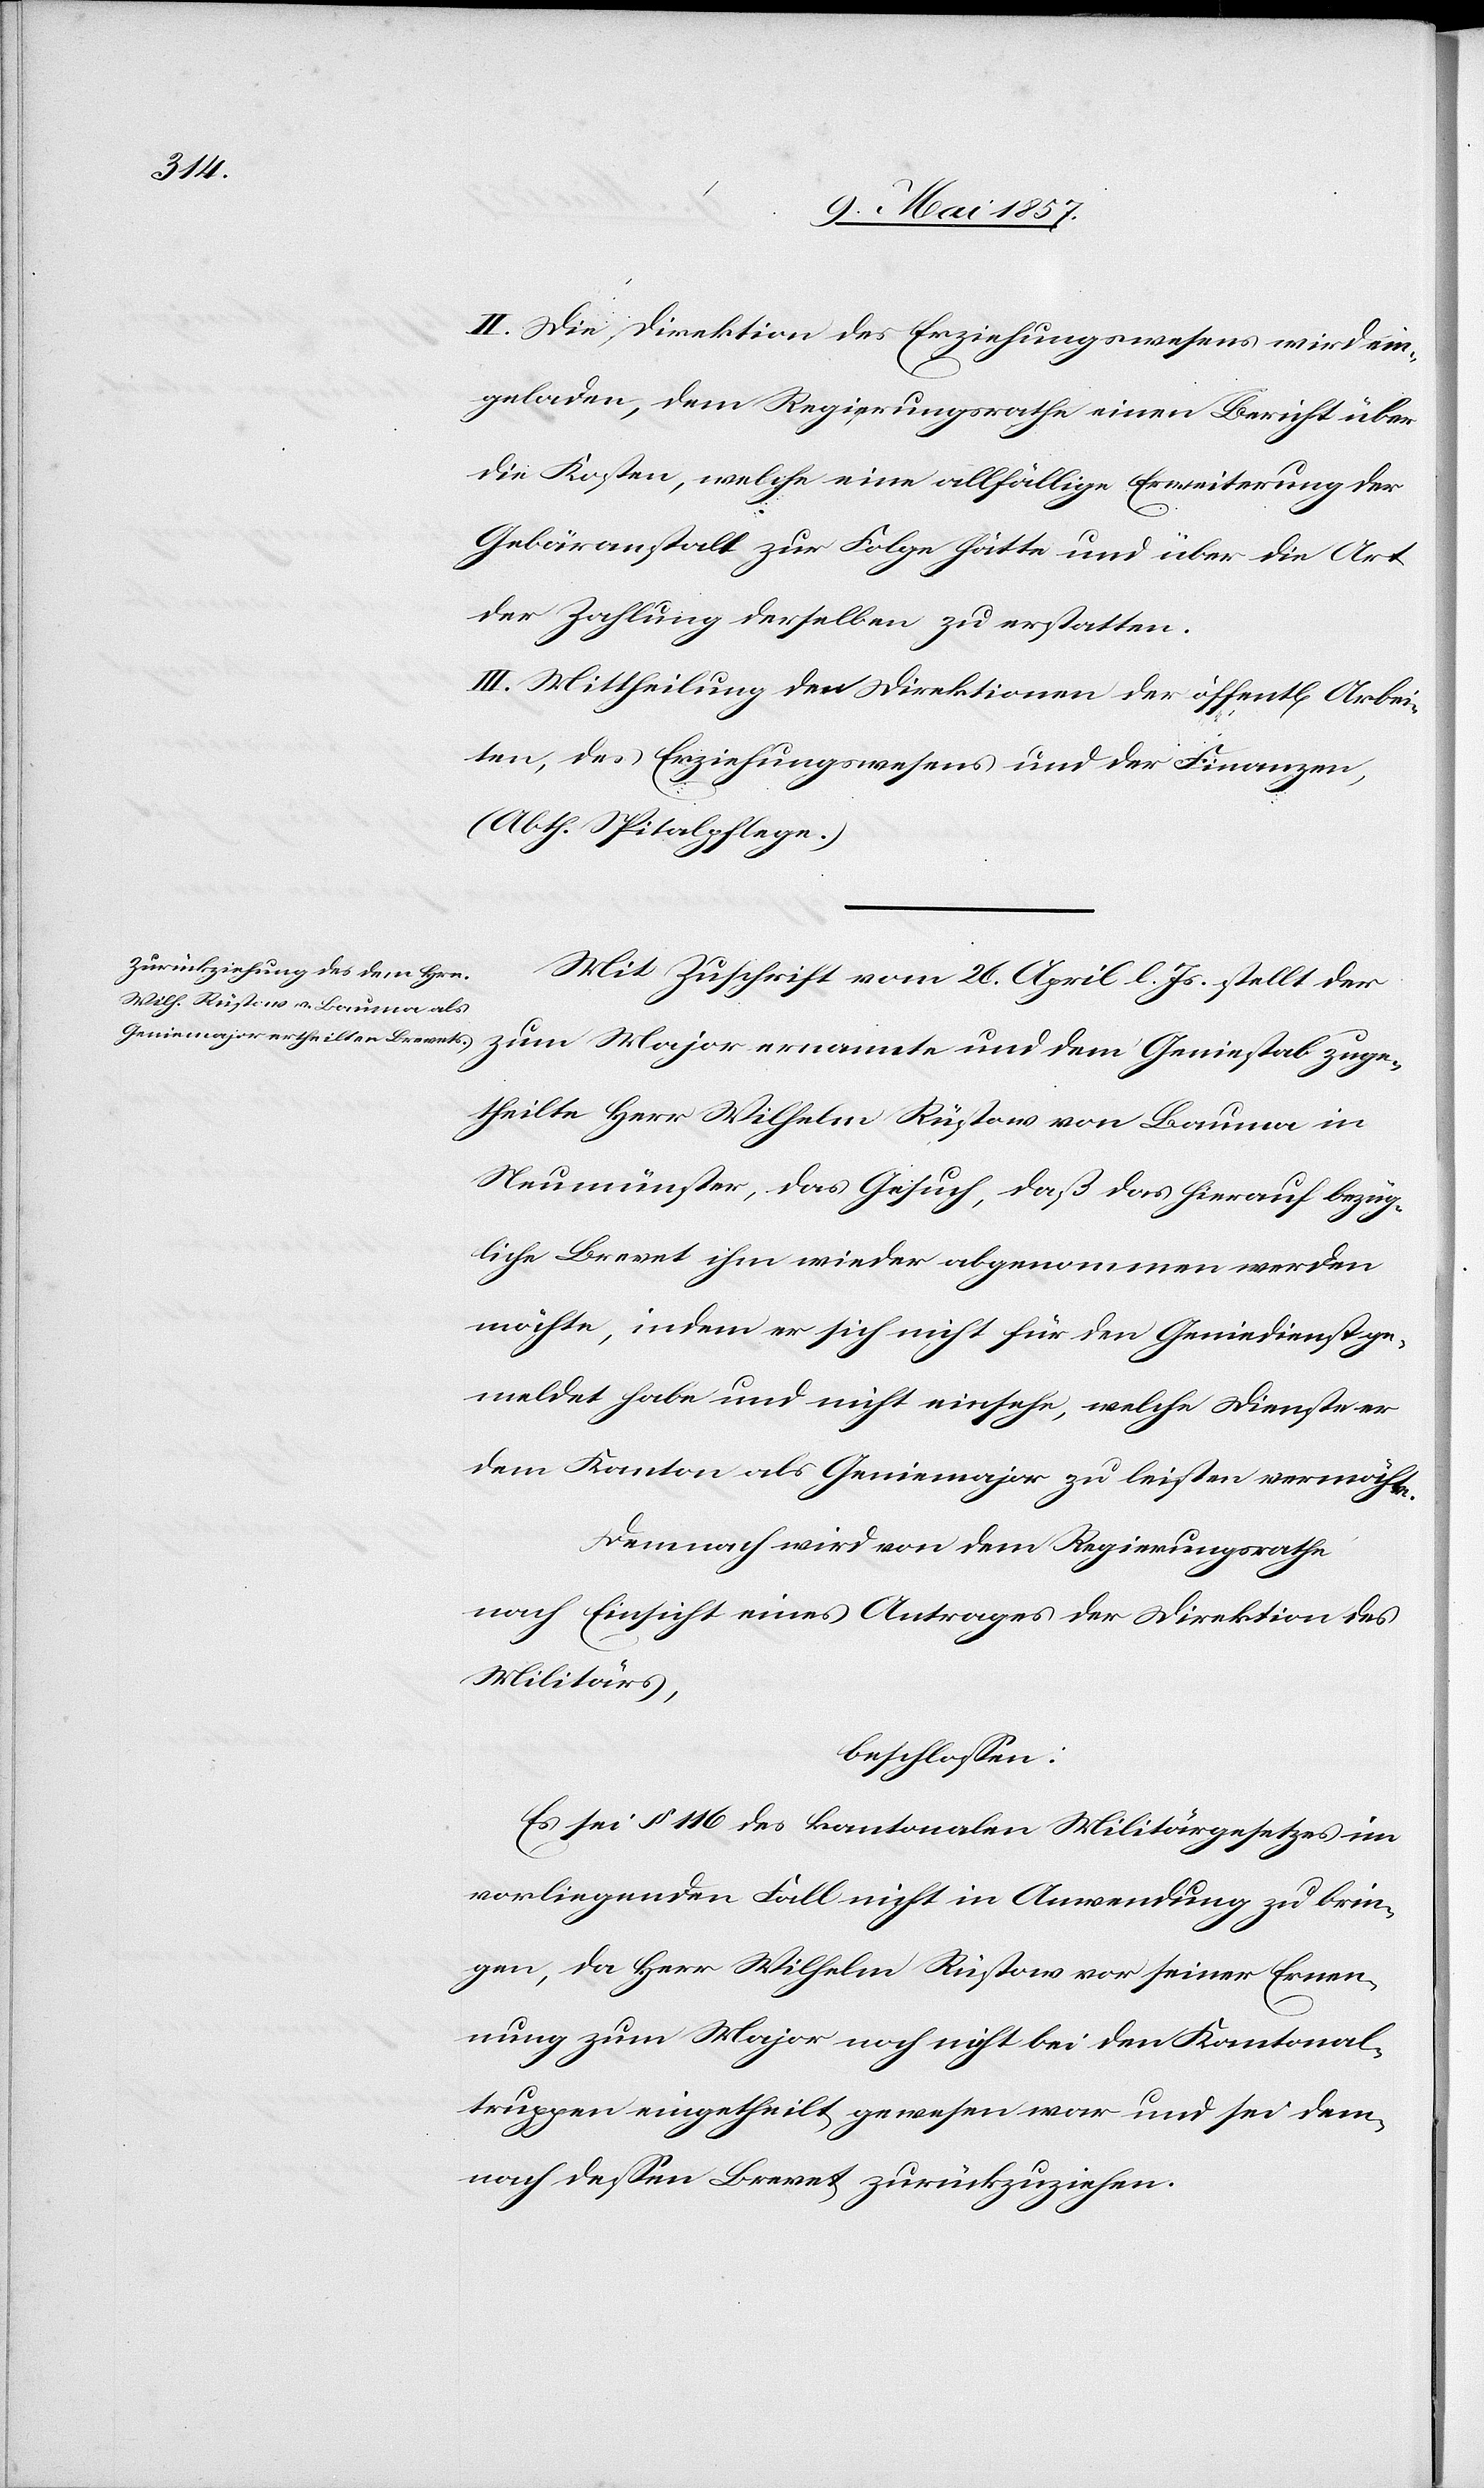
II. Die Direktion des Erziehungswesens wird ein¬
geladen, dem Regierungsrathe einen Bericht über
die Kosten, welche eine allfällige Erweiterung der
Gebäranstalt zur Folge hätte und über die Art
der Zahlung derselben zu erstatten.
III. Mittheilung den Direktionen der öffentl[ichen] Arbei¬
ten, des Erziehungswesens und der Finanzen,
(Abth. Spitalpflege.)
Mit Zuschrift vom 26 April l. Js. stellt der
zum Major ernannte und dem Geniestab zuge¬
theilte Herr Wilhelm Rüstow von Bauma in
Neumünster, das Gesuch, daß das hierauf bezüg¬
liche Brevet ihm wieder abgenommen werden
möchte, indem er sich nicht für den Geniedienst ge¬
meldet habe und nicht einsehe, welche Dienste er
dem Kanton als Geniemajor zu leisten vermöchte.
Demnach wird dem Regierungsrathe
nach Einsicht eines Antrages der Direktion des
Militärs,
beschlossen:
Es sei § 116 des kantonalen Militärgesetzes im
vorliegenden Fall nicht in Anwendung zu brin¬
gen, da Herr Wilhelm Rüstow vor seiner Ernen¬
nung zum Major noch nicht bei den Kantonal¬
truppen eingetheilt gewesen war und sei dem¬
nach dessen Brevet zurückzuziehen.